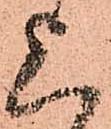
上